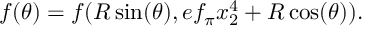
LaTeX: f ( \theta ) = f ( R \sin ( \theta ) , e f _ { \pi } x _ { 2 } ^ { 4 } + R \cos ( \theta ) ) .